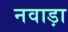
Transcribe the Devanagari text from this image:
नवाड़ा